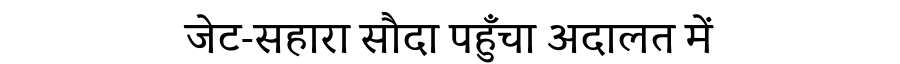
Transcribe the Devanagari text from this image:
जेट-सहारा सौदा पहुँचा अदालत में